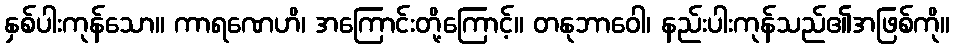
နှစ်ပါးကုန်သော။ ကာရဏေဟိ၊ အကြောင်းတို့ကြောင့်။ တနုဘာဝေါ၊ နည်းပါးကုန်သည်၏အဖြစ်ကို။